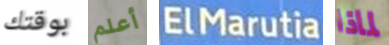
بوقتك أعلم ElMarutia لماذا